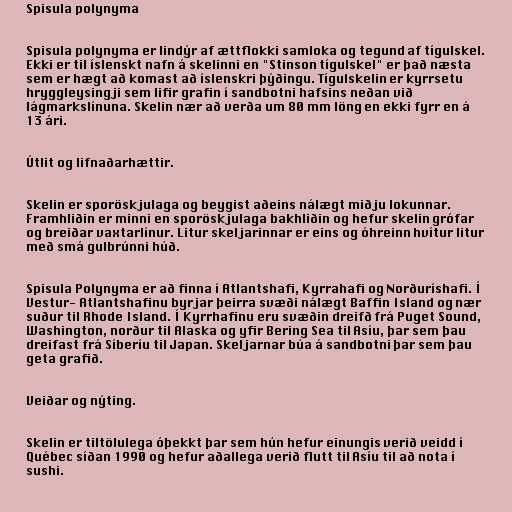
Spisula polynyma

Spisula polynyma er lindýr af ættflokki samloka og tegund af tígulskel.
Ekki er til íslenskt nafn á skelinni en "Stinson tígulskel" er það næsta
sem er hægt að komast að íslenskri þýðingu. Tígulskelin er kyrrsetu
hryggleysingji sem lifir grafin í sandbotni hafsins neðan við
lágmarkslínuna. Skelin nær að verða um 80 mm löng en ekki fyrr en á
13 ári.

Útlit og lifnaðarhættir.

Skelin er sporöskjulaga og beygist aðeins nálægt miðju lokunnar.
Framhliðin er minni en sporöskjulaga bakhliðin og hefur skelin grófar
og breiðar vaxtarlínur. Litur skeljarinnar er eins og óhreinn hvítur litur
með smá gulbrúnni húð.

Spisula Polynyma er að finna í Atlantshafi, Kyrrahafi og Norðuríshafi. Í
Vestur- Atlantshafinu byrjar þeirra svæði nálægt Baffin Island og nær
suður til Rhode Island. Í Kyrrhafinu eru svæðin dreifð frá Puget Sound,
Washington, norður til Alaska og yfir Bering Sea til Asíu, þar sem þau
dreifast frá Síberíu til Japan. Skeljarnar búa á sandbotni þar sem þau
geta grafið.

Veiðar og nýting.

Skelin er tiltölulega óþekkt þar sem hún hefur einungis verið veidd í
Québec síðan 1990 og hefur aðallega verið flutt til Asíu til að nota í
sushi.